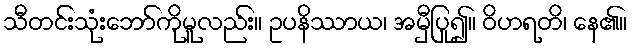
သီတင်းသုံးဘော်ကိုမူလည်း။ ဥပနိဿာယ၊ အမှီပြု၍။ ဝိဟရတိ၊ နေ၏။